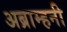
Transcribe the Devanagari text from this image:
अब्राम्हनी